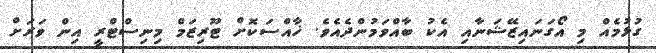
ގުޅުމެއް މި އޯގަނައިޒޭޝަނާއި އެކު ބާއްވަމުންދެއެވެ. ޚާއްސަކޮށް ޓޫރިޒަމް މިނިސްޓްރީ އިން ވަރަށް